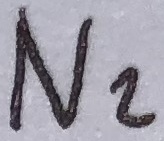
Text: N2